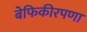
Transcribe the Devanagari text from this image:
बेफिकीरपणा